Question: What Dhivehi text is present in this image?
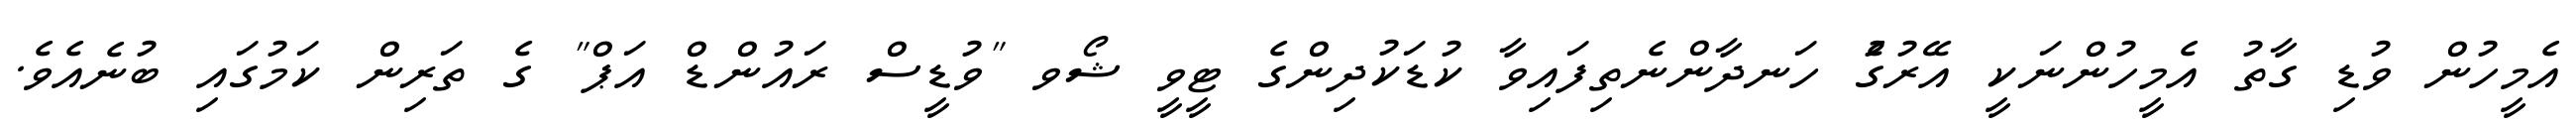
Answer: އެމީހުން ވުޑި ގާތު އެމީހުންނަކީ އޭރުގެު ހަނދާންނެތިފައިވާ ކުޑަކުދިންގެ ޓީވީ ޝޯވ "ވުޑީސް ރައުންޑް އަޕް" ގެ ތަރިން ކަމުގައި ބުނެއެވެ.